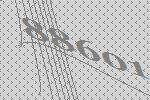
88601